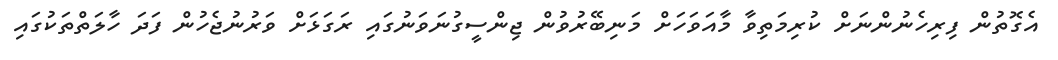
އެގޮތުން ފިރިހެނުންނަށް ކުރިމަތިވާ މާއަވަހަށް މަނިބޭރުވުން ޖިންސީގުނަވަނުގައި ރަގަޅަށް ވަރުނުޖެހުން ފަދަ ހާލަތްތަކުގައި